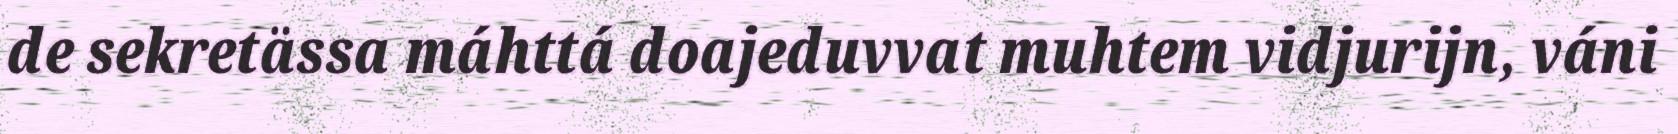
de sekretässa máhttá doajeduvvat muhtem vidjurijn, váni